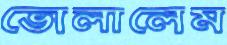
ভোলালেম